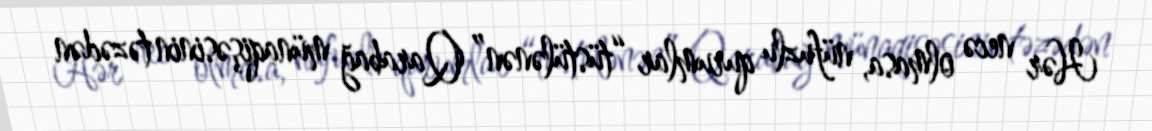
Hər necə olmasa, nüfuzlu qurumlar “tüstülənən” Qarabağ münaqişəsinin təzədən